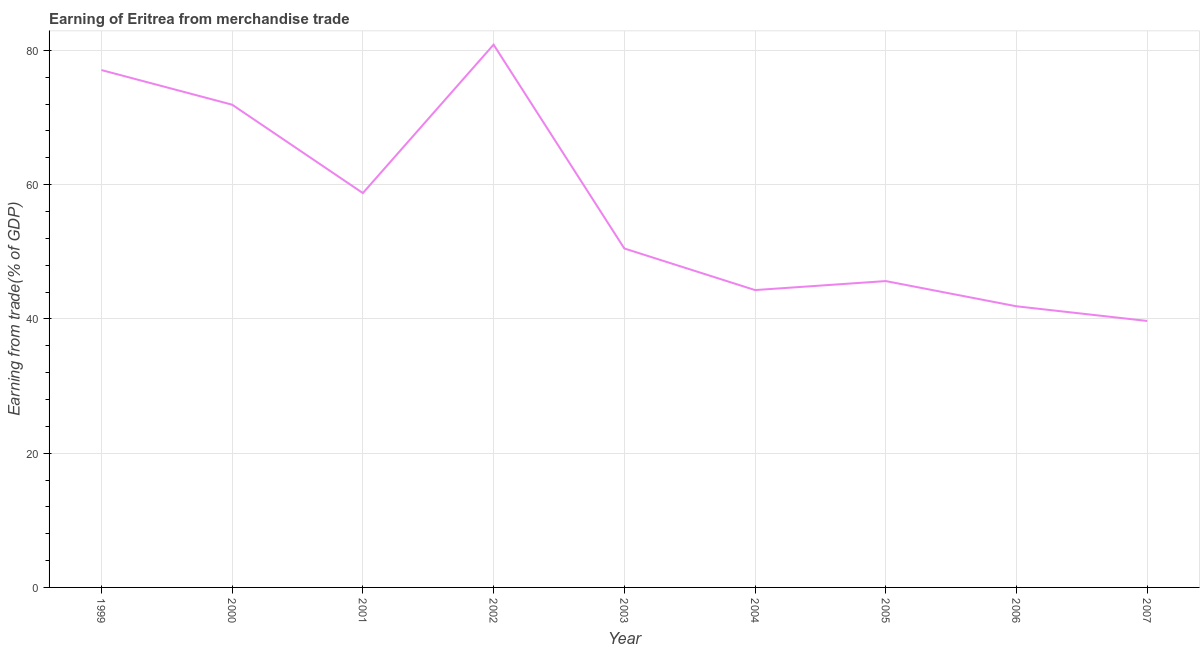
| Year | Merchandise trade |
 | --- | --- |
 | 1999 | 77.1 |
 | 2000 | 71.9 |
 | 2001 | 58.7 |
 | 2002 | 80.9 |
 | 2003 | 50.5 |
 | 2004 | 44.3 |
 | 2005 | 45.6 |
 | 2006 | 41.9 |
 | 2007 | 39.7 |